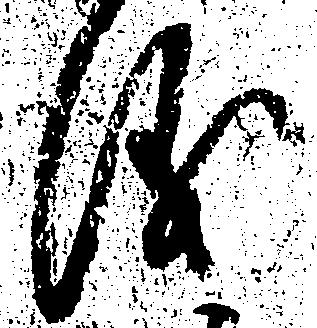
儀